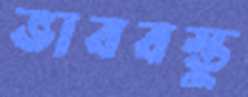
ভাববস্তু